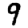
Digit: 9